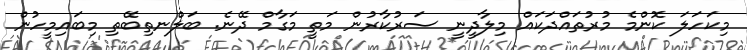
މިކަހަލަ ކޮންމެ މުރުތައްދަކައް މިލާދީނީ ސަރުކާރުން މަތީ މަގާމް ދޭނެ. ބަލްނތިބޭތި މިބައިމީހުން